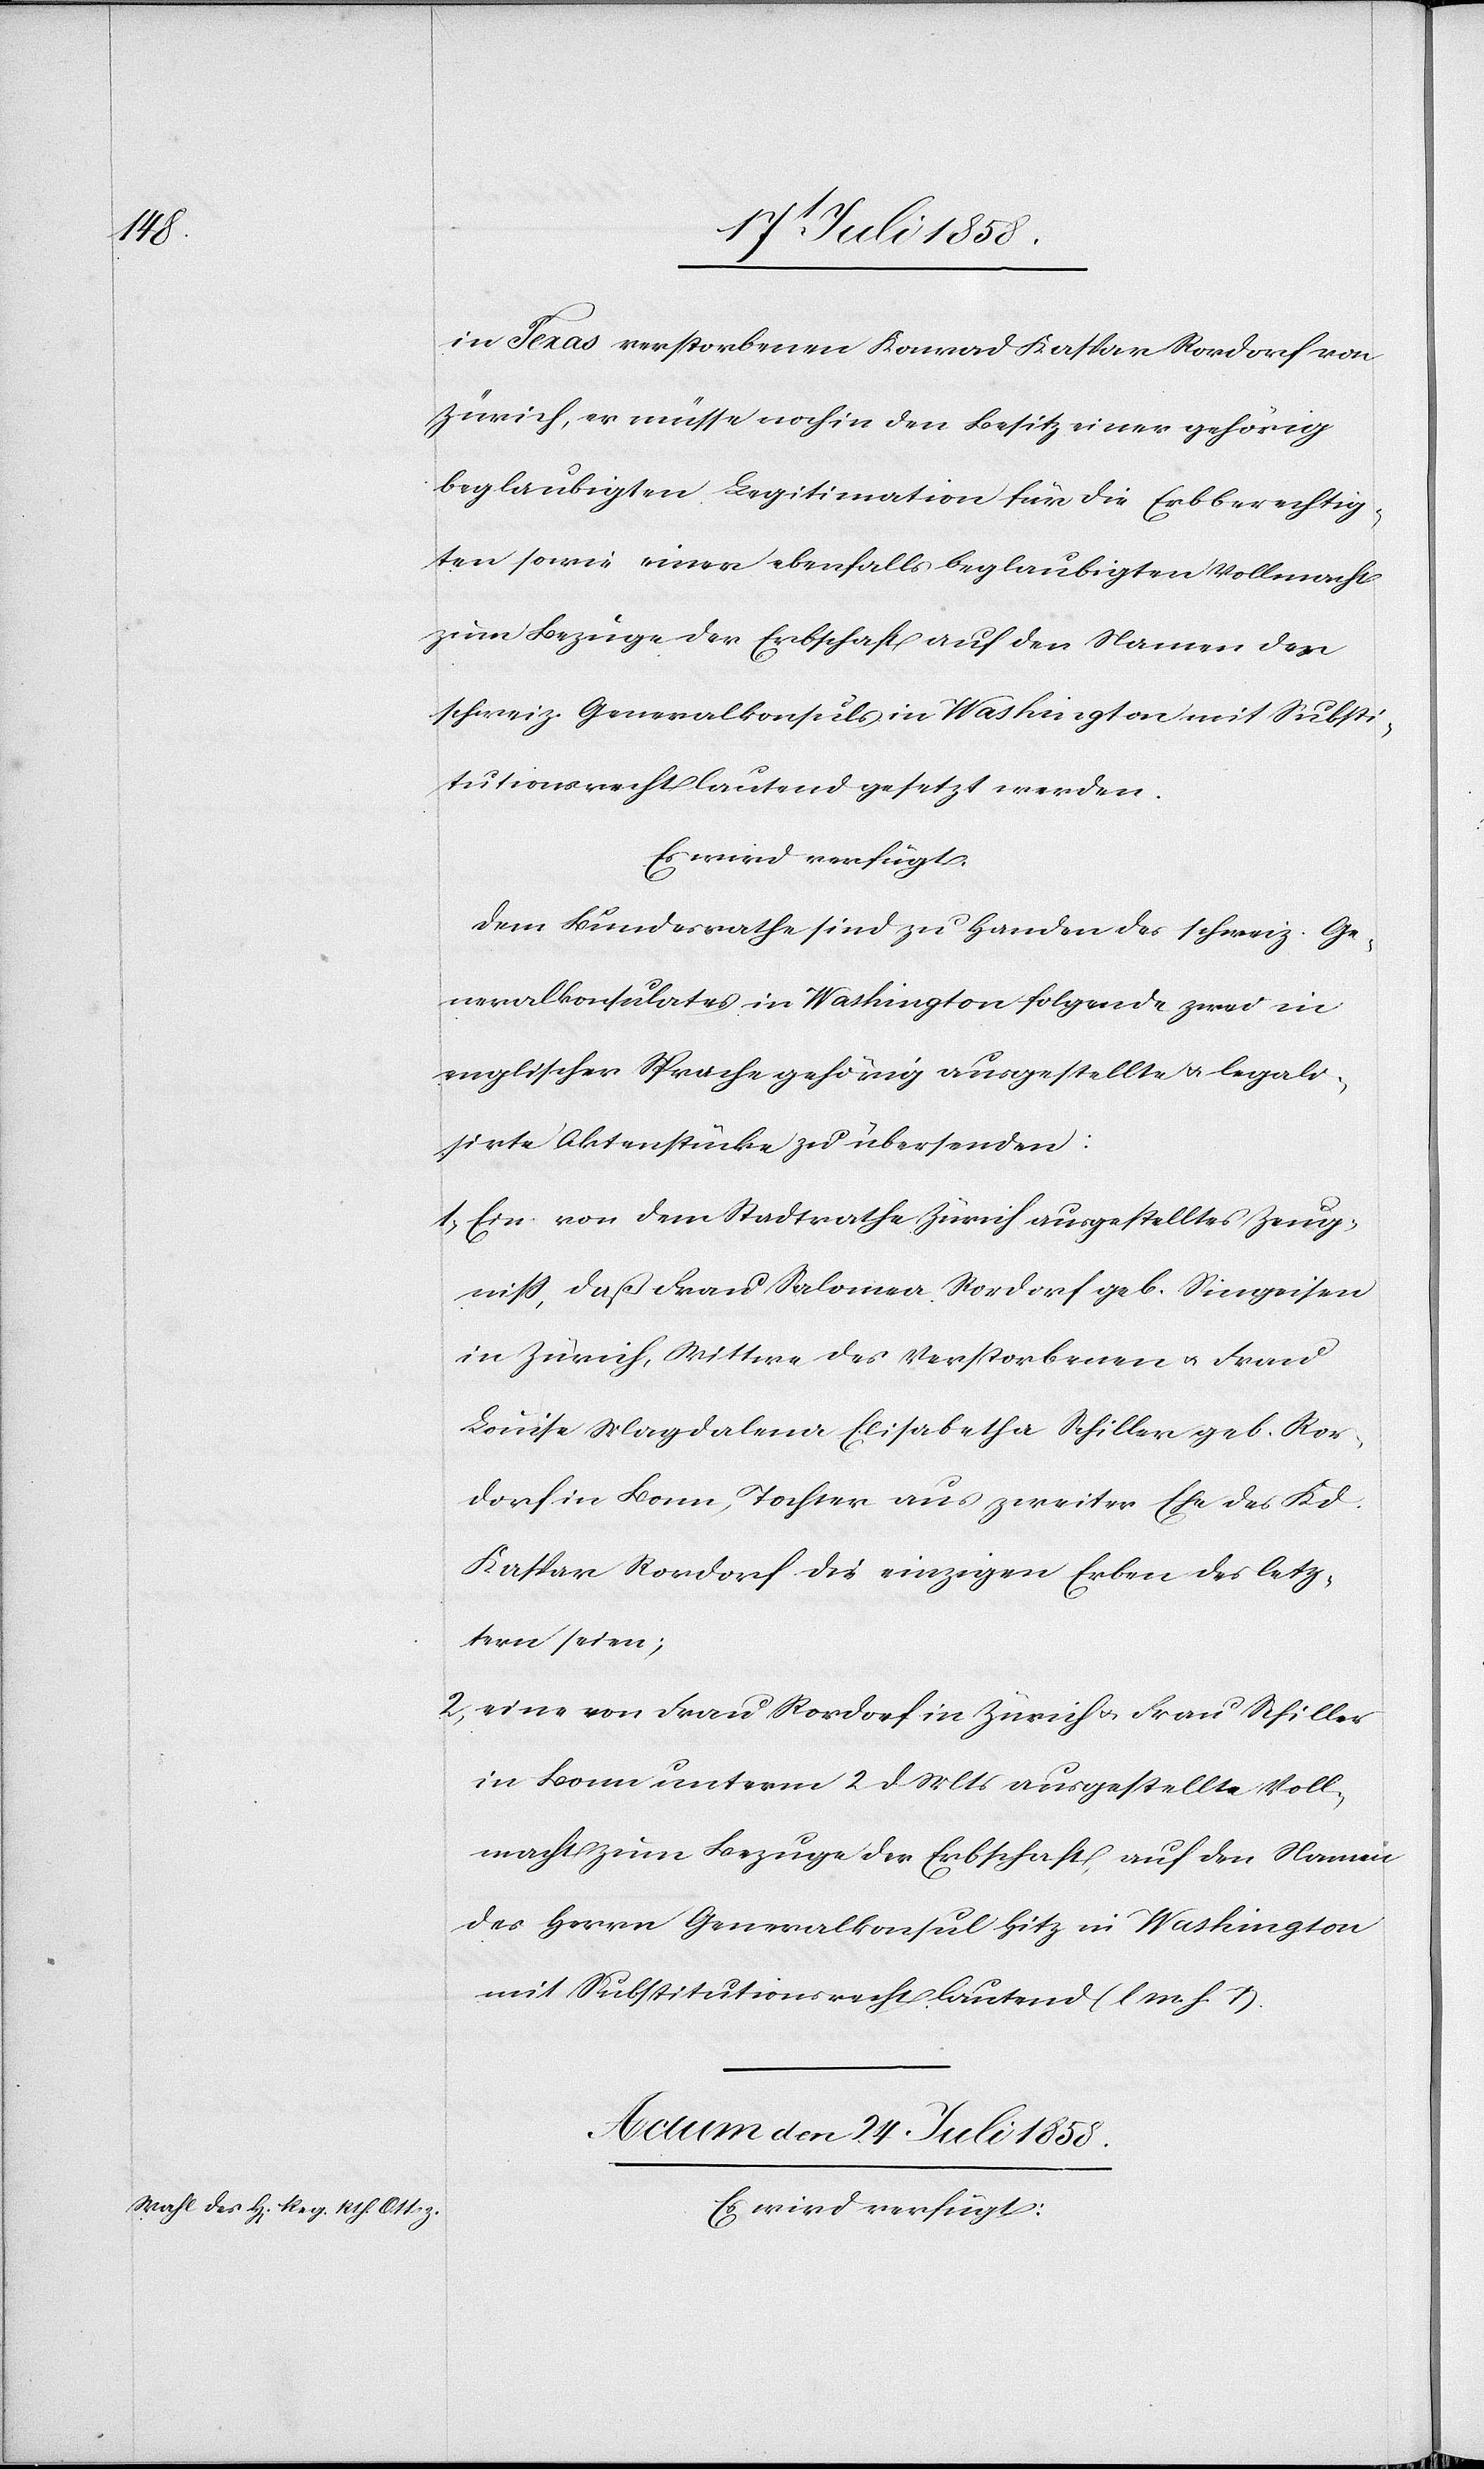
in Texas verstorbenen Konrad Kaspar Rordorf von
Zürich, er müsse noch in den Besitz einer gehörig
beglaubigten Legitimation für die Erbberechtig¬
ten sowie einer ebenfalls beglaubigten Vollmacht
zum Bezuge der Erbschaft auf den Namen des
schweiz. Generalkonsuls in Washington mit Substi¬
tutionsrecht lautend gesetzt werden.
Es wird verfügt:
Dem Bundesrathe sind zu Handen des schweiz. Ge¬
neralkonsulates in Washington folgende zwei in
englischer Sprache gehörig ausgestellte & legali¬
sirte Aktenstücke zu übersenden:
Ein von dem Stadtrathe Zürich ausgestelltes Zeug¬
niss, daß Frau Salomea Rordorf geb. Singeisen
in Zürich, Wittwe des Verstorbenen & Frau
Louise Magdalena Elisabetha Schiller geb. Ror¬
dorf in Bonn, Tochter aus zweiter Ehe des Kd.
Kaspar Rordorf die einzigen Erben des letz¬
tern seien;
eine von Frau Rordorf in Zürich & Frau Schiller
in Bonn unterm 2 d. Mts ausgestellte Voll¬
macht zum Bezuge der Erbschaft, auf den Namen
des Herrn Generalkonsul Hitz in Washington
mit Substitutionsrecht lautend (l M. h. T).
Actum den 24 Juli 1858.
Es wird verfügt: